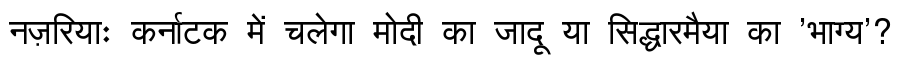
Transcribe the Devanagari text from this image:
नज़रियाः कर्नाटक में चलेगा मोदी का जादू या सिद्धारमैया का 'भाग्य'?